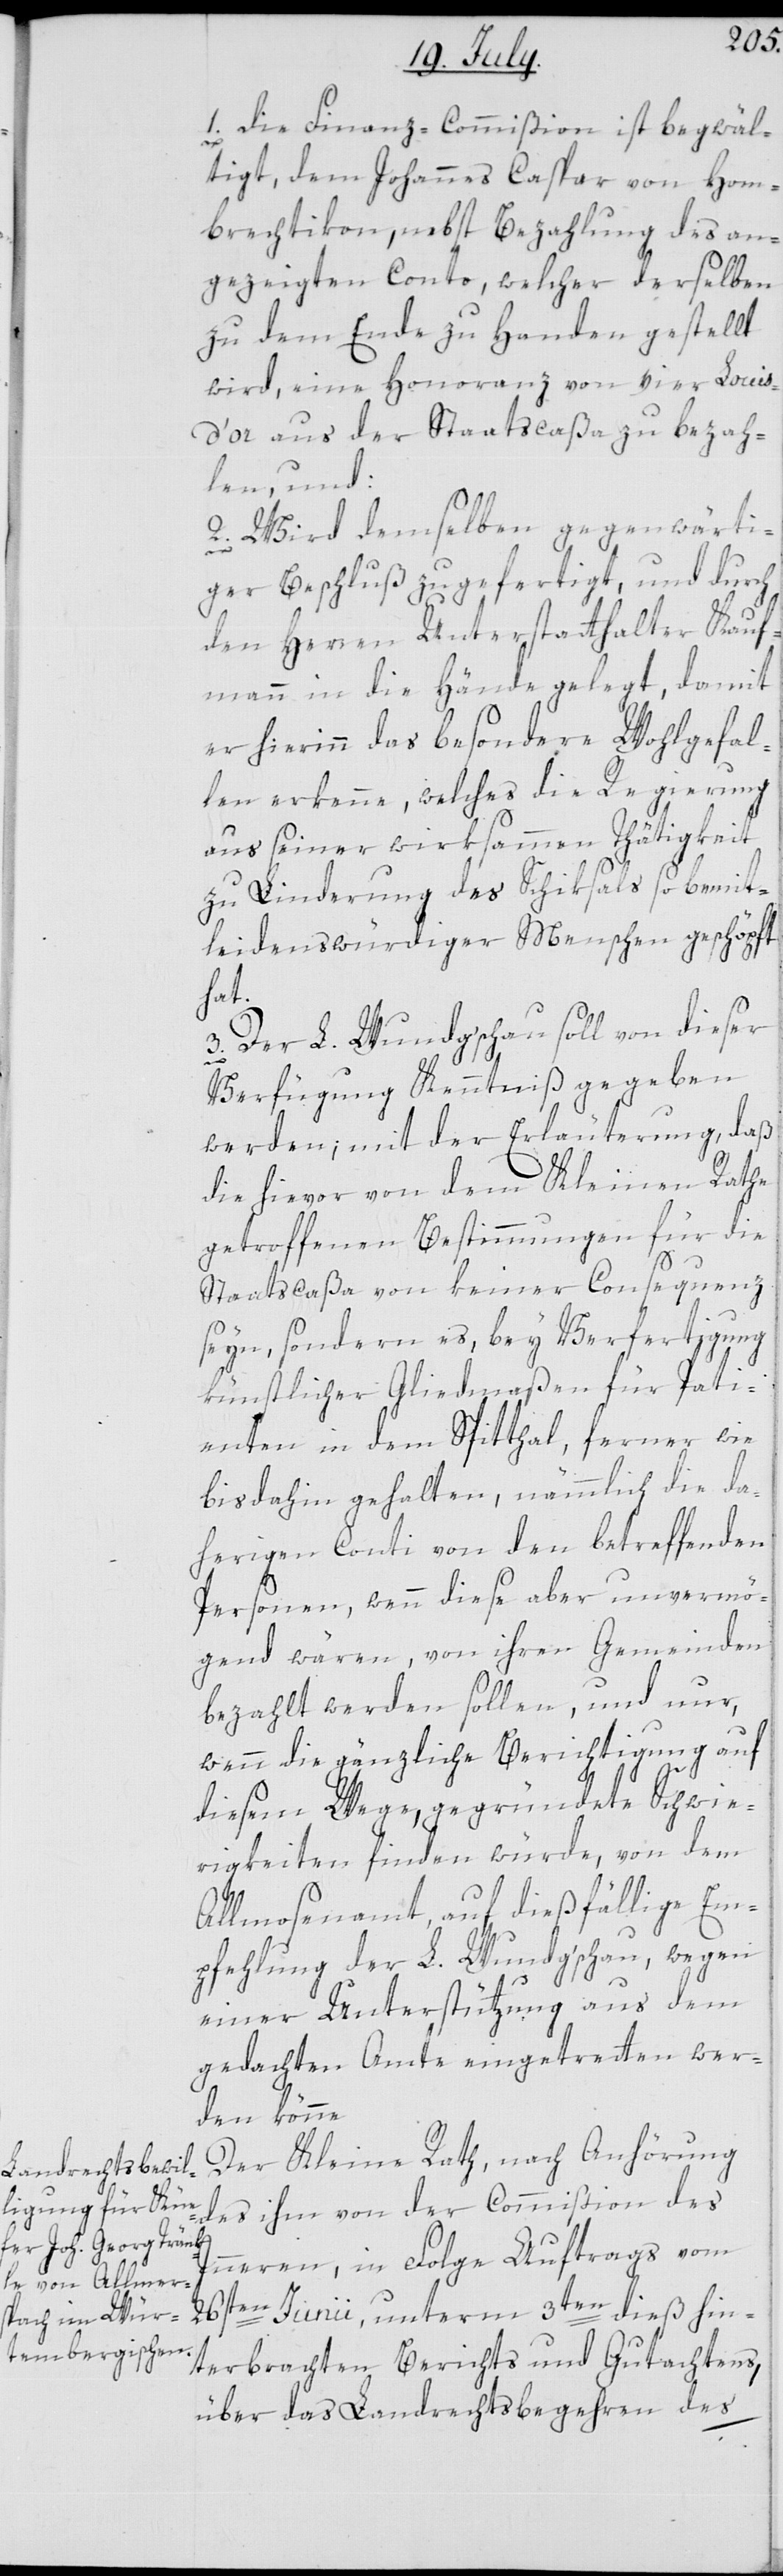
1. Die Finanz-Commißion ist begwäl¬
tigt, dem Johannes Caspar von Hom¬
brechtikon, nebst Bezahlung des an¬
gezeigten Conto, welcher derselben
zu dem Ende zu Handen gestellt
wird, eine Honoranz von vier Louis
d’or aus der Staatscaßa zu bezah¬
len, und:
2. wird demselben gegenwärti¬
ger Beschluß zugefertigt, und durch
den Herren Unterstatthalter Kauf¬
mann in die Hände gelegt, damit
er hierinn das besondere Wohlgefal¬
len erkenne, welches die Regierung
aus seiner wirksammen Thätigkeit
zu Linderung des Schiksals so bemit¬
leidenswürdiger Menschen geschöpft
hat.
3. Der L. Wundgschau soll von dieser
Verfügung Kenntniß gegeben
werden; mit der Erläuterung, daß
die hievor von dem Kleinen Rathe
getroffenen Bestimmungen für die
e[.]
Staatscaßa von keiner Consequenz
seyn, sondern es bey Verfertigung
künstlicher Gliedmaßen für Pati¬
enten in dem Spitthal, ferner wie
bis dahin gehalten, nämmlich die da¬
herigen Conti von den betreffenden
Personen, wenn diese aber unvermö¬
gend wären, von ihren Gemeinden
bezahlt werden sollen, und nur,
wenn die gänzliche Berichtigung auf
diesem Wege, gegründete Schwie¬
rigkeiten finden würde, von dem
Allmosenamt, auf dießfällige Em¬
pfehlung der L. Wundgschau, wegen
einer Unterstützung aus dem
gedachten Amte eingetretten wer¬
den könn¬
Der Kleine Rath, nach Anhörung
des ihm von der Commißion des
Innern, in Folge Auftrags vom
26sten Junii, unterm 3ten dieß hin¬
terbrachten Berichts und Gutachtens,
über das Landrechtsbegehren des